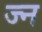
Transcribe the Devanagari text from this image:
ज्न